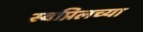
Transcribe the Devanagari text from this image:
स्वप्निलच्या